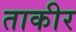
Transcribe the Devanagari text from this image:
ताकीर